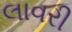
લાવરી